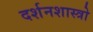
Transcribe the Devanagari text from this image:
दर्शनशास्त्रो